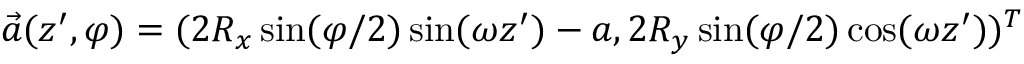
\vec { a } ( z ^ { \prime } , \varphi ) = ( 2 R _ { x } \sin ( \varphi / 2 ) \sin ( \omega z ^ { \prime } ) - a , 2 R _ { y } \sin ( \varphi / 2 ) \cos ( \omega z ^ { \prime } ) ) ^ { T }